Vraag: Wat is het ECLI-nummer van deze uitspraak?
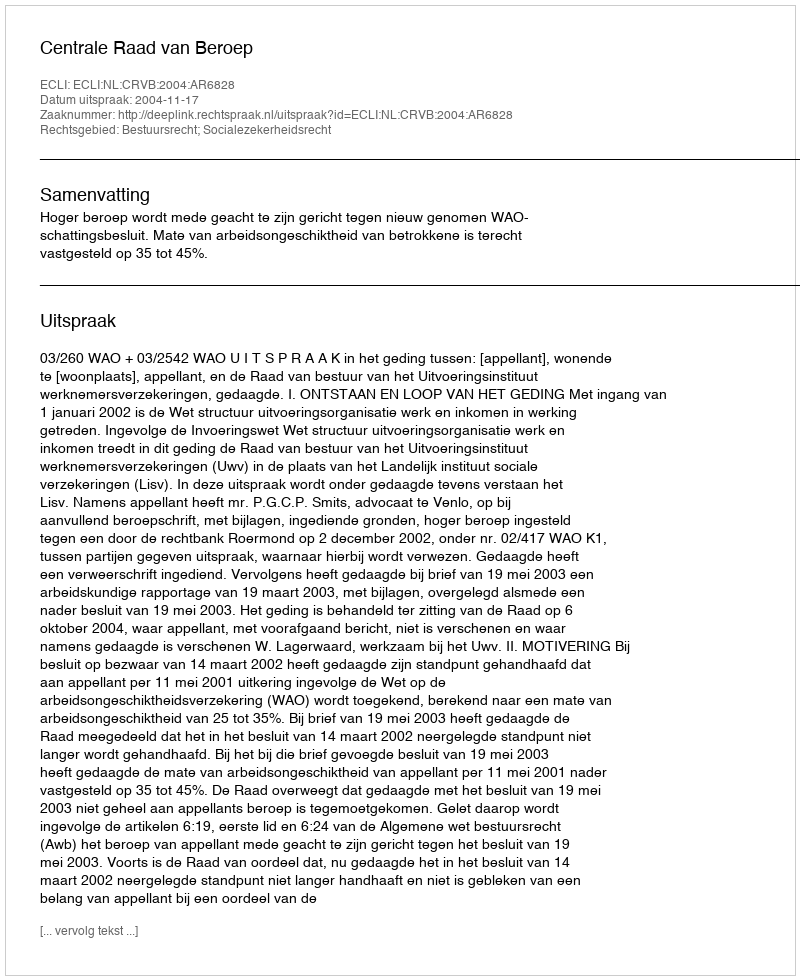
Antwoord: ECLI:NL:CRVB:2004:AR6828